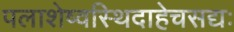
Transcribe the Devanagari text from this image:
पलाशेष्वस्थिदाहेचसद्यः